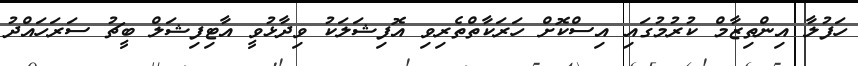
ހަފުލާ އިންތިޒާމް ކުރުމުގައި އިސްކޮށް ހަރަކާތްތެރިވި އޮފިޝަލަކު ވިދާޅުވީ އާޓިފިޝަލް ބީޗު ސަރަހައްދު